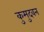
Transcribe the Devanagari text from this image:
कुमुदवन